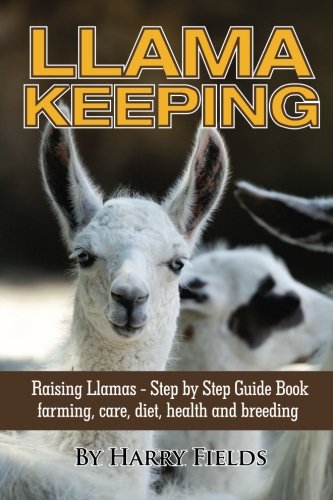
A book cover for Llama Keeping Raising Llamas - Step by Step Guide Book... farming, care, diet, health and breeding; Harry Fields; Crafts, Hobbies & Home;